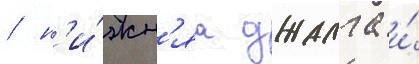
/ н'и́жн'яа джалга и́